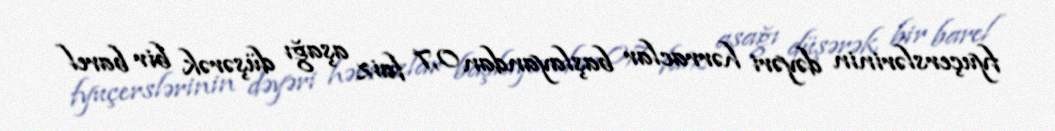
fyuçerslərinin dəyəri hərraclar başlayandan 0,7 faiz aşağı düşərək bir barel